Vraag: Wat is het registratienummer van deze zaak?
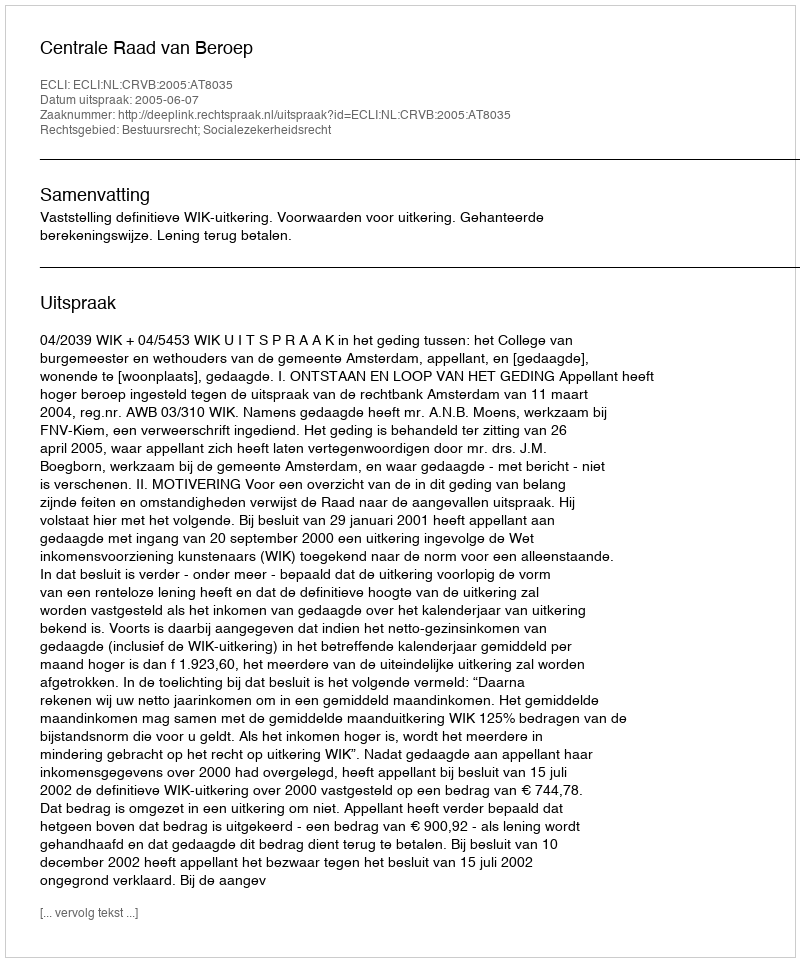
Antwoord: http://deeplink.rechtspraak.nl/uitspraak?id=ECLI:NL:CRVB:2005:AT8035